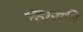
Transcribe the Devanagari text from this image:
महारात्रि